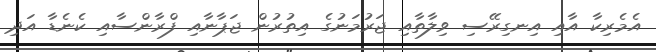
އެމެރިކާ އާއި އިނގިރޭސި ވިލާތާއި ޖަރުމަނުގެ އިތުުރުން ޖަޕާނާއި ފްރާންސާއި ކެނެޑާ އަދި